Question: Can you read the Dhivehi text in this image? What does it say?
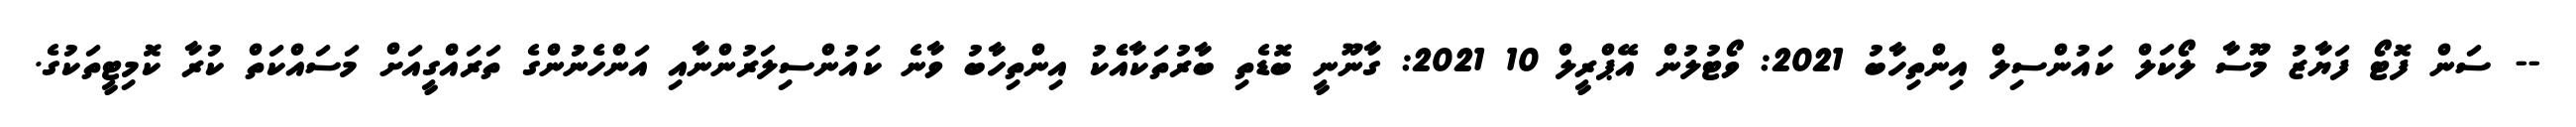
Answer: -- ސަން ފޮޓޯ ފަޔާޒު މޫސާ ލޯކަލް ކައުންސިލް އިންތިހާބު 2021: ވޯޓުލުން އޭޕްރީލް 10 2021: ގާނޫނީ ބޮޑެތި ބާރުތަކާއެެކު އިންތިހާބު ވާނެ ކައުންސިލަރުންނާއި އަންހެނުންގެ ތަރައްގީއަށް މަސައްކަތް ކުރާ ކޮމިޓީތަކުގެ.